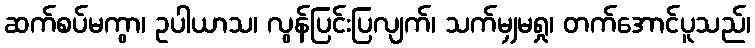
ဆက်စပ်မကွာ၊ ဥပါယာသ၊ လွန်ပြင်းပြလျက်၊ သက်မျှမရှု၊ တက်အောင်ပူသည်၊